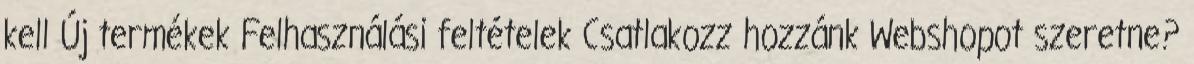
kell Új termékek Felhasználási feltételek Csatlakozz hozzánk Webshopot szeretne?